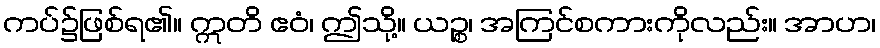
ကပ်၌ဖြစ်ရ၏။ ဣတိ ဧဝံ၊ ဤသို့။ ယဉ္စ၊ အကြင်စကားကိုလည်း။ အာဟ၊